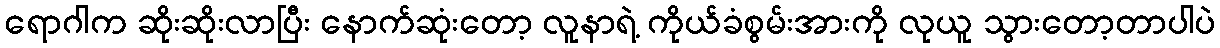
ရောဂါက ဆိုးဆိုးလာပြီး နောက်ဆုံးတော့ လူနာရဲ့ ကိုယ်ခံစွမ်းအားကို လုယူ သွားတော့တာပါပဲ